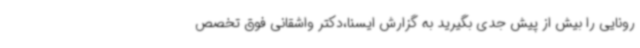
رونایی را بیش از پیش جدی بگیرید به گزارش ایسنا،دکتر واشقانی فوق تخصص